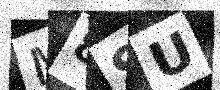
Text: M8SU